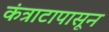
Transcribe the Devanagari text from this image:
कंत्राटापासून